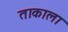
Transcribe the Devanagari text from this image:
ताकाला